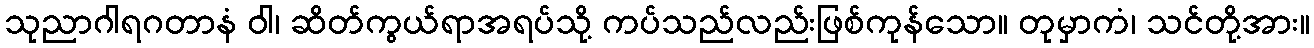
သုညာဂါရဂတာနံ ဝါ၊ ဆိတ်ကွယ်ရာအရပ်သို့ ကပ်သည်လည်းဖြစ်ကုန်သော။ တုမှာကံ၊ သင်တို့အား။